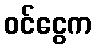
ဝင်ငွေက